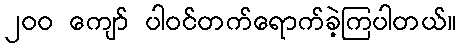
၂၀၀ ကျော် ပါဝင်တက်ရောက်ခဲ့ကြပါတယ်။